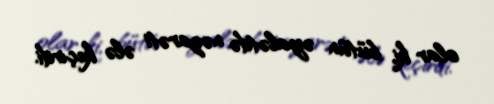
olar ki, bütün əyalətdə nəzarəti ələ keçirdi.